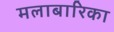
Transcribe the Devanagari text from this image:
मलाबारिका